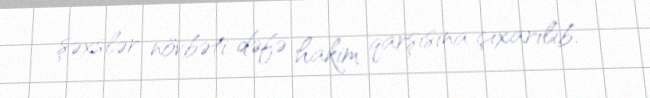
şəxslər növbəti dəfə hakim qarşısına çıxarılıb.